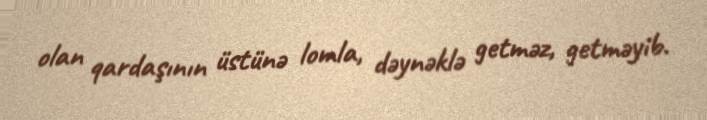
olan qardaşının üstünə lomla, dəynəklə getməz, getməyib.